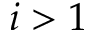
i > 1